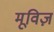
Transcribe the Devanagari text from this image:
मूविज़